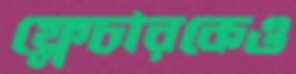
ফ্লেচারকেও